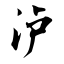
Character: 泸